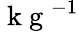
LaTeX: \mathrm{~k~g~}^{-1}